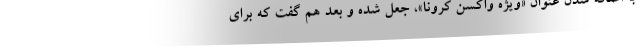
با اضافه شدن عنوان «ویژه واکسن کرونا»، جعل شده و بعد هم گفت که برای